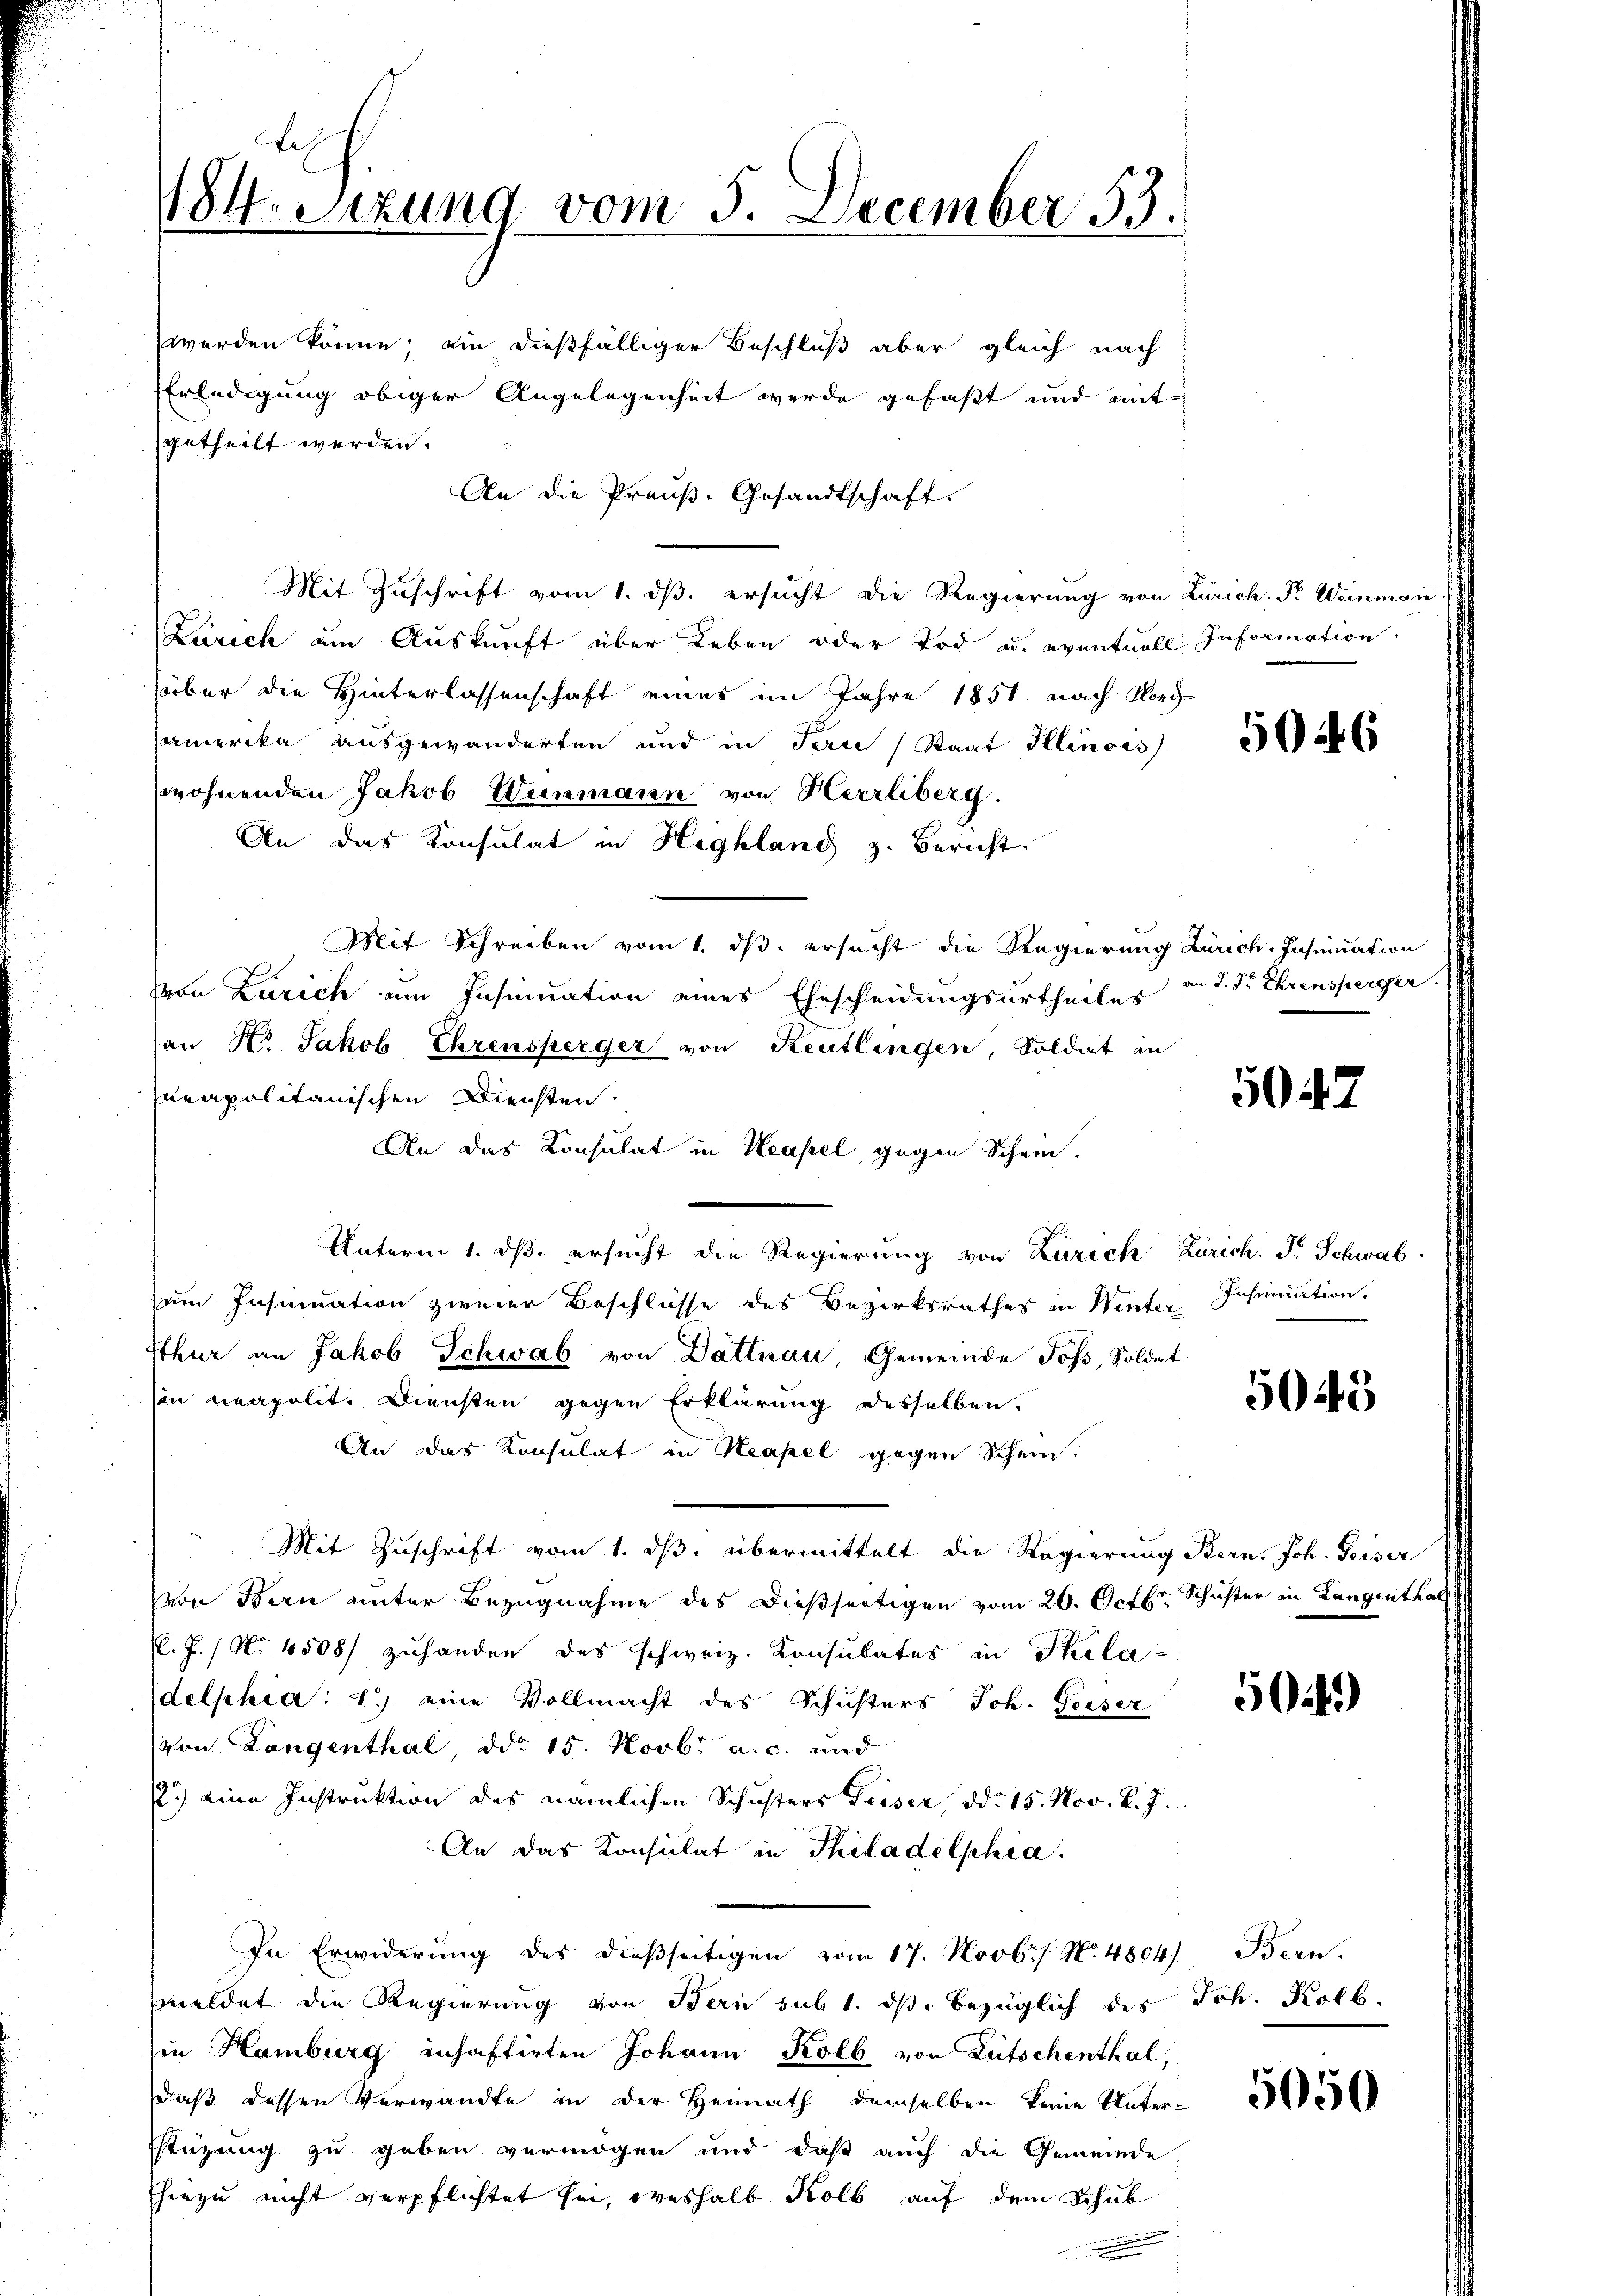
l
184. Sizung vom 5. December 33.

An die Preuß. Gesandtschaft.
Mit Zuschrift vom 1. ds. ersucht die Regierung von Zürich. Fr. Weinman
Zürich am Auskunft über Leben oder Tod u. eventuell Information
süber die Hinterlassenschaft eines im Jahre 1851. nach Nord-
amerika ausgewanderten und in den Staat Illinois
wohnenden Jakob Weinmann von Herrliberg.
An das Konsulat in Highland z. Bericht
Mit Schreiben vom 1. ds. ersucht die Regierung Zürich, Insinuation
Von Zürich um Insinuation eines Ehescheidungsurtheiles
an Hr. Jakob Ehrensperger von Reutlingen, Soldat in
rapolitanischen Diensten
An das Konsulat in Heassel gegen Schein.
Unterm 1. ds. ersucht die Regierung von Zürich Zürich. F. Schwab
um Insinuation zweier Beschlüsse des Bezirksrathes in Winter Insinuation.
sthur an Jakob Schwab von Dattnau, Gemeinde Joß, Soldat
sin neapolit. Diensten gegen Erklärung desselben.
An das Konsulat in Neapel gegen Schein.
Mit Zuschrift vom 1. ds. übermittelt die Regierung Bern, Joh. Geiser
von Bern unter Bezugnahme des dießseitigen vom 26. Oct. Schuster in Langenthal
l.J. / No 4508/ zuhanden des schweiz. Konsulates in Skela-
delphia: 1.) eine Vollmacht des Schusters Joh. Geiser
von Langenthal, ddo 15. Novbr. a. c. und
12.) eine Instruktion des nämlichen Schusters Geiser, d. 15. Nov. v. J.
An das Konsulat in Thiladelphia
In Erwiderung des dießseitigen vom 17. Novbr No. 4804) Bern.
meldet die Regierung von Bern sub 1. dβ bezüglich des Joh. Kolb.
sie Hamburg inhaftirten Johann Kolb von Litschenthal,
daß dessen Verwandte in der Heimath demselben keine Unterstüzung zu geben vermögen und daß auch die Gemeinde
hiezu nicht verpflichtet sei, weshalb Kolb auf dem Schub

werden könne; ein dießfälliger Beschluß aber gleich nach
Erledigung obiger Angelegenheit werde gefaßt und mit
getheilt werden.

5046

an J. Sr. Ehrensperger

5047

5045

504.)

5050